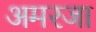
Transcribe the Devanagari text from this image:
अमरजा